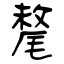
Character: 氂